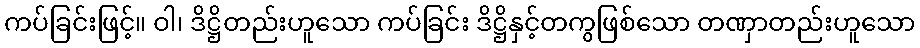
ကပ်ခြင်းဖြင့်။ ဝါ၊ ဒိဋ္ဌိတည်းဟူသော ကပ်ခြင်း ဒိဋ္ဌိနှင့်တကွဖြစ်သော တဏှာတည်းဟူသော